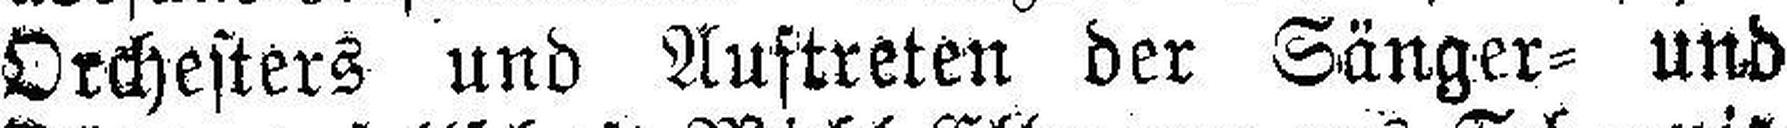
Orchesters und Auftreten der Sänger= und